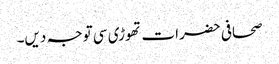
صحافی حضرات تھوڑی سی توجہ دیں۔